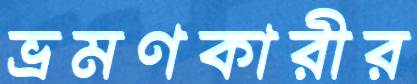
ভ্রমণকারীর